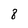
Character: 8